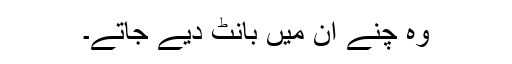
وہ چنے ان میں بانٹ دیے جاتے۔